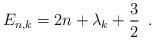
LaTeX: \begin{align*}E_{n,k} = 2 n + {\lambda_k} + \frac {3}{2}\,\,\,.\end{align*}